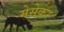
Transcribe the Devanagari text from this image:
मेसेकर